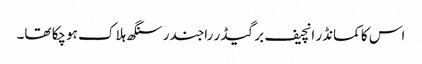
اس کا کمانڈر انچیف برگیڈر راجندر سنگھ ہلاک ہوچکا تھا۔